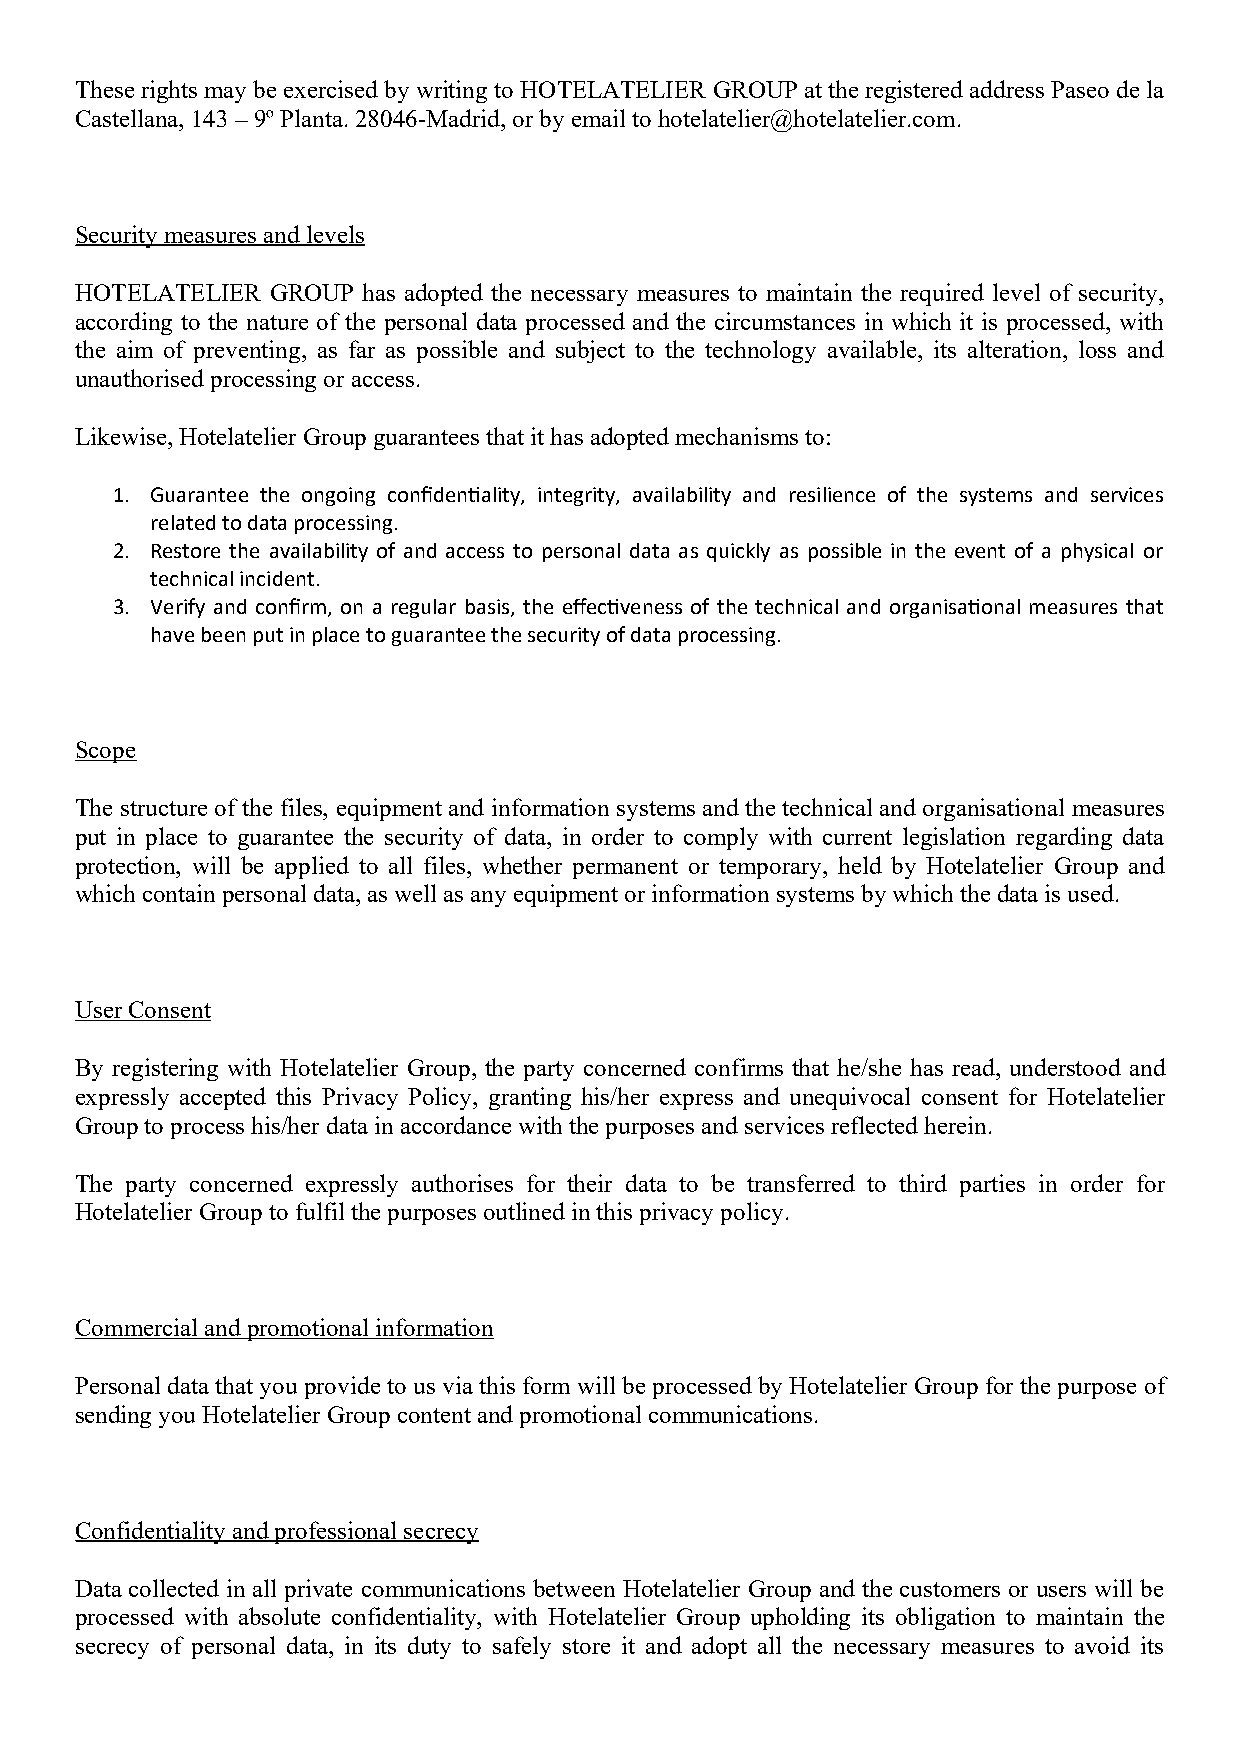
These rights may be exercised by writing to HOTELATELIER GROUP at the registered address Paseo de la
 Castellana, 143 – 9º Planta. 28046-Madrid, or by email to hotelatelier@hotelatelier.com.
 Security measures and levels
 HOTELATELIER GROUP has adopted the necessary measures to maintain the required level of security,
 according to the nature of the personal data processed and the circumstances in which it is processed, with
 the aim of preventing, as far as possible and subject to the technology available, its alteration, loss and
 unauthorised processing or access.
 Likewise, Hotelatelier Group guarantees that it has adopted mechanisms to:
 1. Guarantee the ongoing confidentiality, integrity, availability and resilience of the systems and services
 related to data processing.
 2. Restore the availability of and access to personal data as quickly as possible in the event of a physical or
 technical incident.
 3. Verify and confirm, on a regular basis, the effectiveness of the technical and organisational measures that
 have been put in place to guarantee the security of data processing.
 Scope
 The structure of the files, equipment and information systems and the technical and organisational measures
 put in place to guarantee the security of data, in order to comply with current legislation regarding data
 protection, will be applied to all files, whether permanent or temporary, held by Hotelatelier Group and
 which contain personal data, as well as any equipment or information systems by which the data is used.
 User Consent
 By registering with Hotelatelier Group, the party concerned confirms that he/she has read, understood and
 expressly accepted this Privacy Policy, granting his/her express and unequivocal consent for Hotelatelier
 Group to process his/her data in accordance with the purposes and services reflected herein.
 The party concerned expressly authorises for their data to be transferred to third parties in order for
 Hotelatelier Group to fulfil the purposes outlined in this privacy policy.
 Commercial and promotional information
 Personal data that you provide to us via this form will be processed by Hotelatelier Group for the purpose of
 sending you Hotelatelier Group content and promotional communications.
 Confidentiality and professional secrecy
 Data collected in all private communications between Hotelatelier Group and the customers or users will be
 processed with absolute confidentiality, with Hotelatelier Group upholding its obligation to maintain the
 secrecy of personal data, in its duty to safely store it and adopt all the necessary measures to avoid its